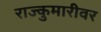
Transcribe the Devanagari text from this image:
राज्कुमारीवर